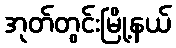
အုတ်တွင်းမြို့နယ်